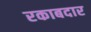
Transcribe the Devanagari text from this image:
रकाबदार